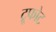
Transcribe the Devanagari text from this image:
ट्रूफोट